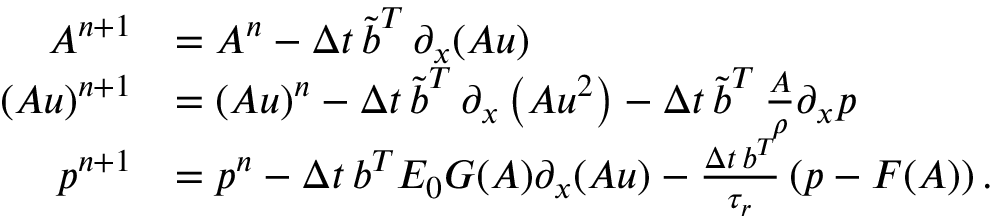
\begin{array} { r l } { A ^ { n + 1 } } & { = A ^ { n } - \Delta t \, \boldsymbol { \tilde { b } } ^ { T } \, \partial _ { x } ( \boldsymbol { A u } ) } \\ { ( A u ) ^ { n + 1 } } & { = ( A u ) ^ { n } - \Delta t \, \boldsymbol { \tilde { b } } ^ { T } \, \partial _ { x } \left( \boldsymbol { A u ^ { 2 } } \right) - \Delta t \, \boldsymbol { \tilde { b } } ^ { T } \, \frac { \boldsymbol { A } } { \rho } \partial _ { x } \boldsymbol { p } } \\ { p ^ { n + 1 } } & { = p ^ { n } - \Delta t \, \boldsymbol { b } ^ { T } E _ { 0 } \boldsymbol { G } ( \boldsymbol { A } ) \partial _ { x } ( \boldsymbol { A u } ) - \frac { \Delta t \, \boldsymbol { b } ^ { T } } { \tau _ { r } } \left( \boldsymbol { p } - \boldsymbol { F } ( \boldsymbol { A } ) \right) . } \end{array}